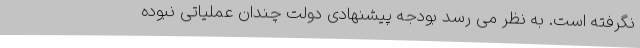
نگرفته است. به نظر می رسد بودجه پیشنهادی دولت چندان عملیاتی نبوده